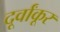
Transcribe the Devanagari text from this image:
दूर्वांकूर